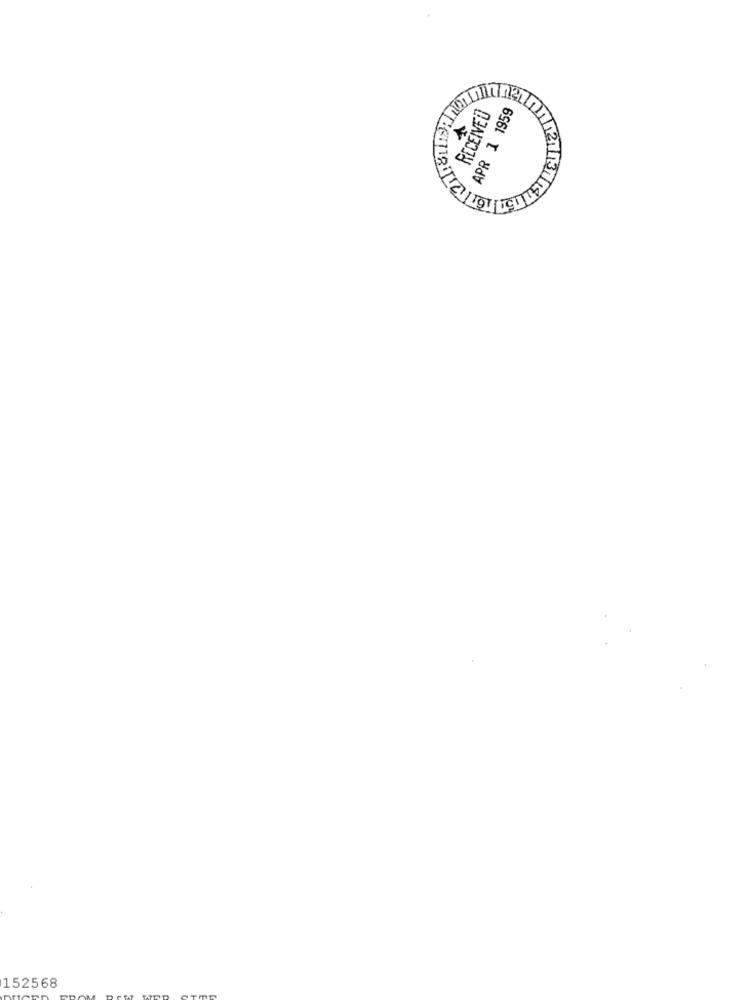
RECEIVED
APR 1 1959
152568